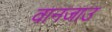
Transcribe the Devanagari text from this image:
वानजाउ